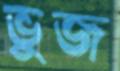
ভুজ